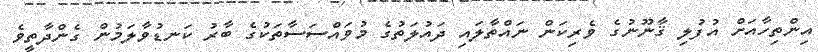
އިންތިހާއަށް އުފުލި ޤާނޫނުގެ ވެރިކަން ނައްތާލައި ދައުލަތުގެ މުވައްސަސާތަކުގެ ބާރު ކަނޑުވާލަމުން ގެންދާތީވެ